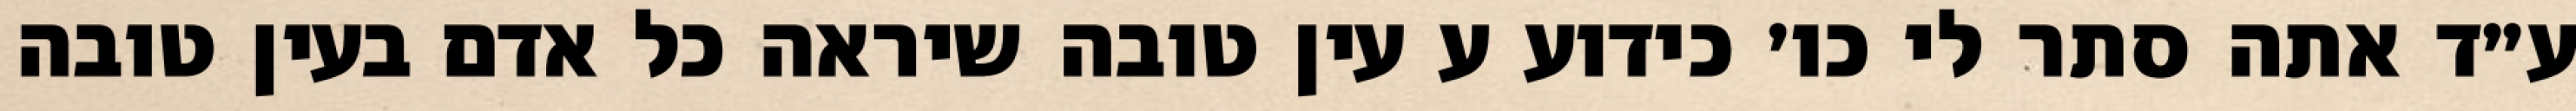
ע״ד אתה סתר לי כו׳ כידוע ע עין טובה שיראה כל אדם בעין טובה